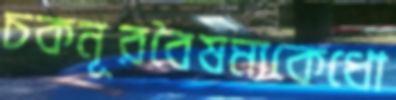
চকনূরবৈষম্যকেধো